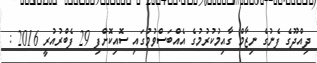
ދިއްދޫގެ ފެނުގެ ނިޒާމް ގާއިމުކުރުމުގެ އެއްބަސްވުމުގައި ސޮއިކޮށްފި 29 ފެބްރުއުރީ 2016 :